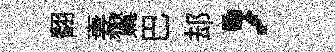
翻妻鸑巴𨚫，